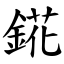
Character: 錵